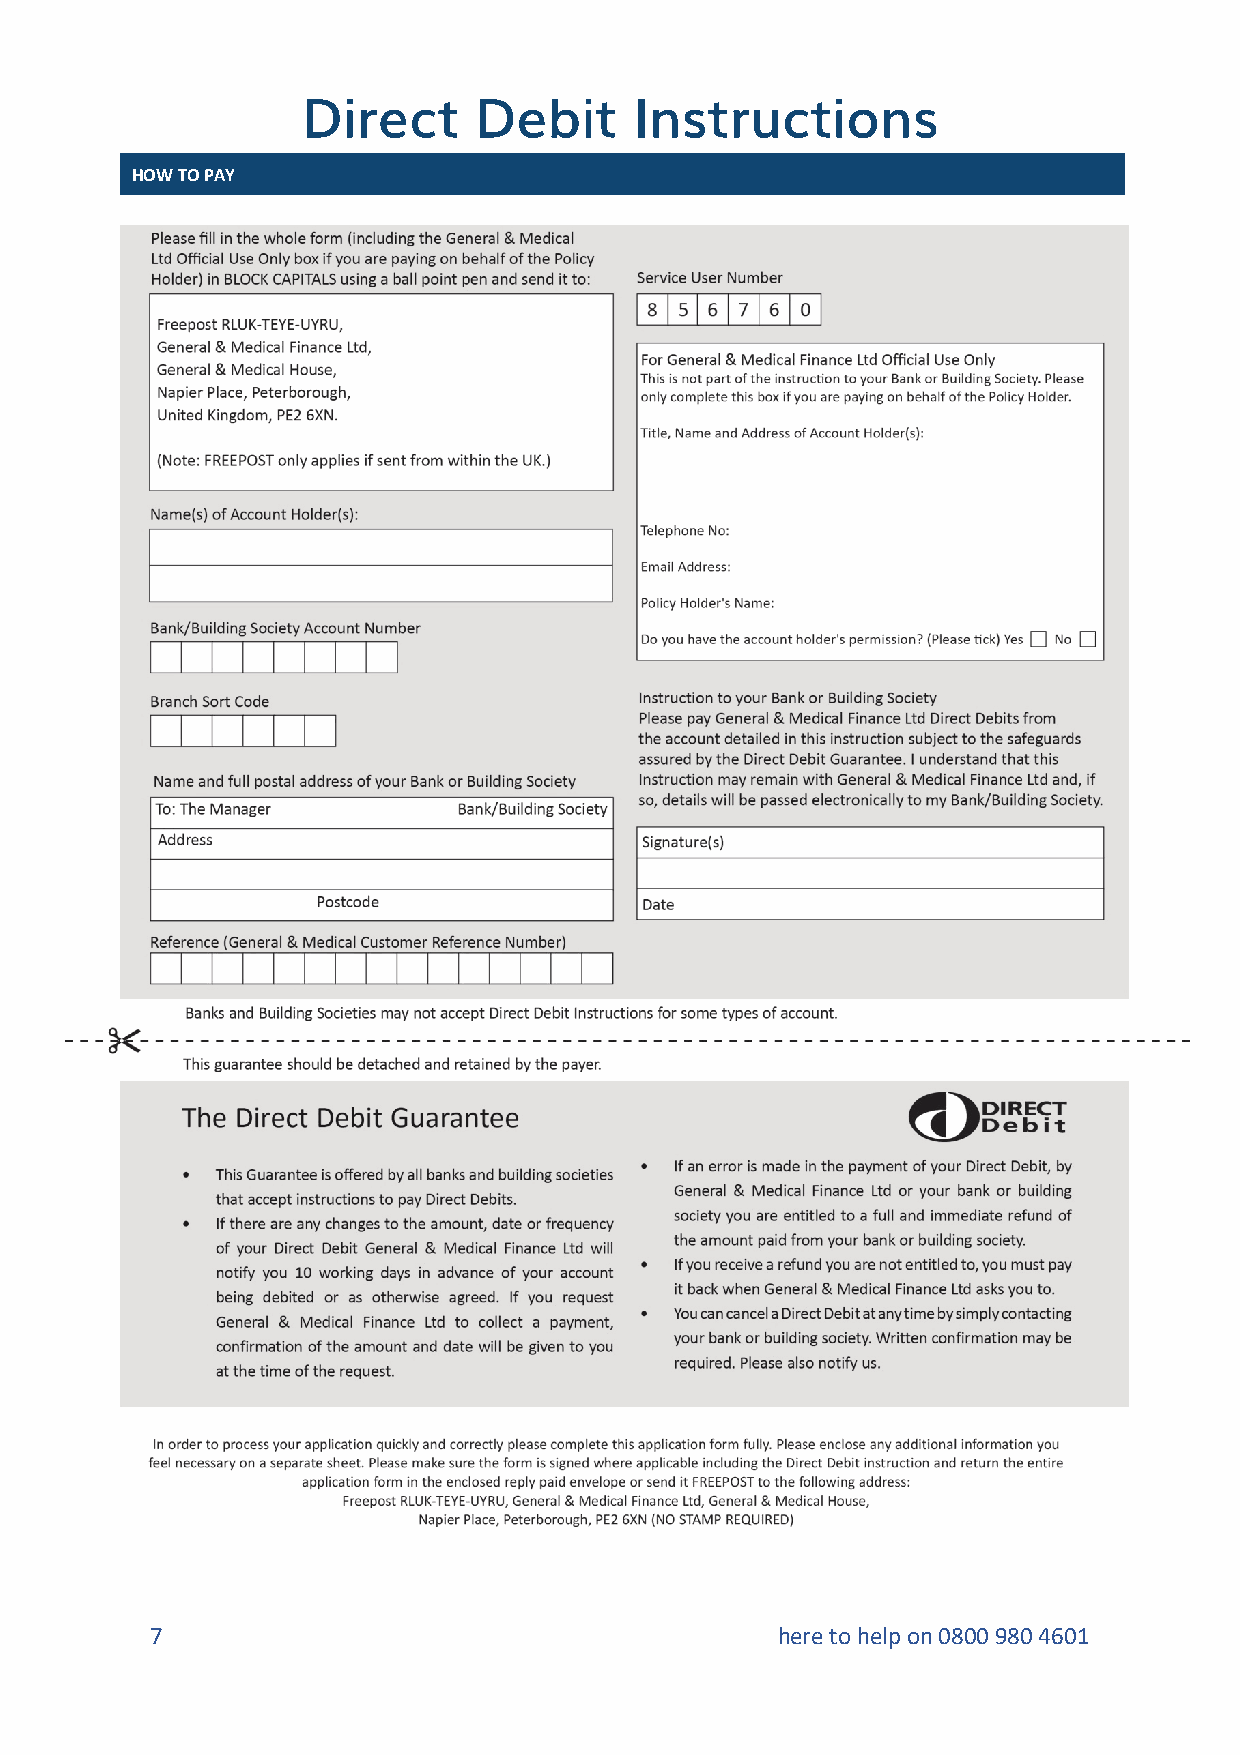
Direct     Debit      Instructions
 HOW TO PAY
 7                                        here to help on 0800 980 4601